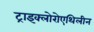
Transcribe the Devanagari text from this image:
ट्राइक्लोरोएथिलीन